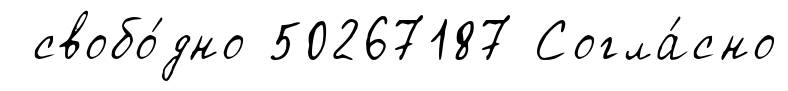
свобо́дно 50267187 Согла́сно